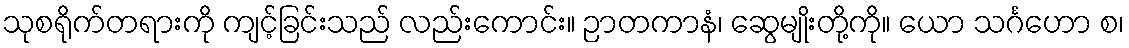
သုစရိုက်တရားကို ကျင့်ခြင်းသည် လည်းကောင်း။ ဉာတကာနံ၊ ဆွေမျိုးတို့ကို။ ယော သင်္ဂဟော စ၊